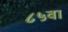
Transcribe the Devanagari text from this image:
८५वा